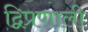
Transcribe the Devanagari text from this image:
द्विप्रणाली